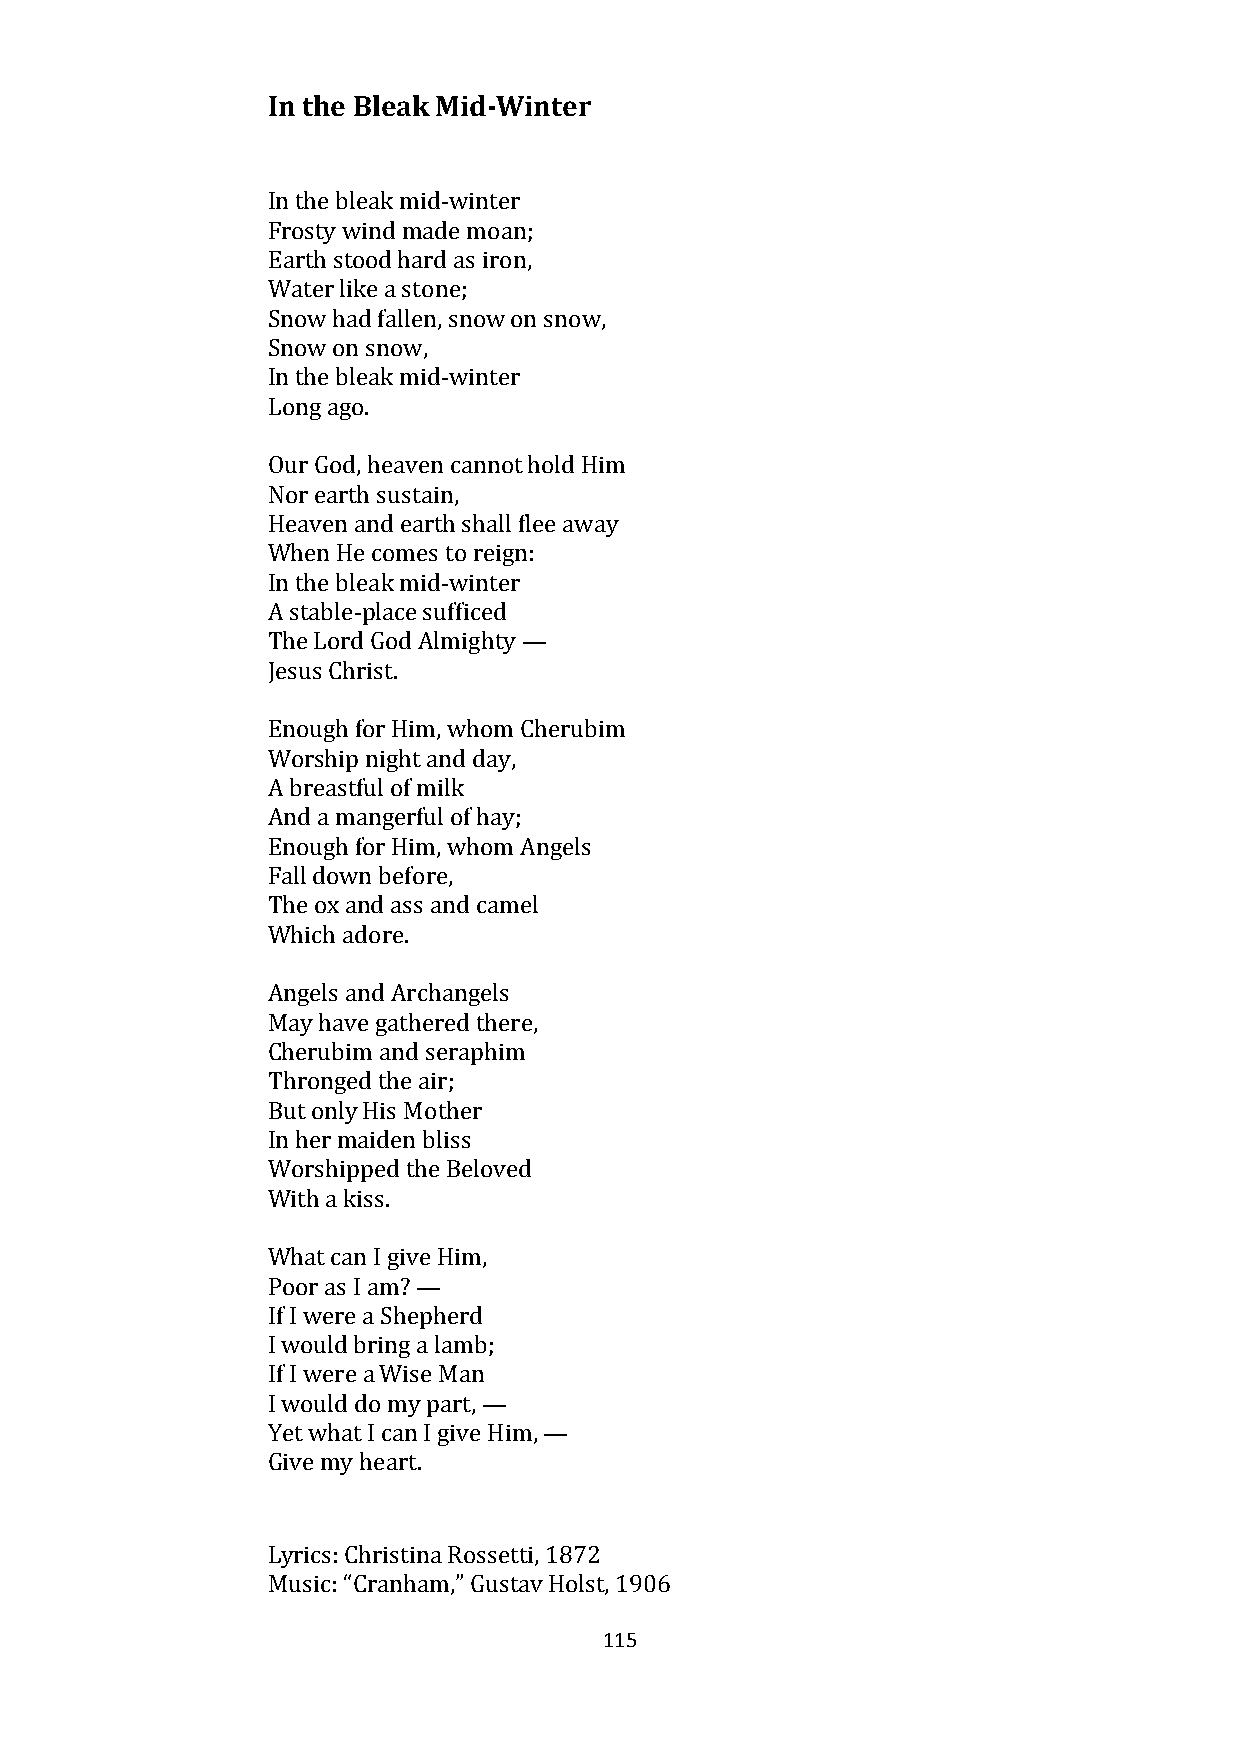
In the Bleak Mid-Winter
 In the bleak mid-winter
 Frosty wind made moan;
 Earth stood hard as iron,
 Water like a stone;
 Snow had fallen, snow on snow,
 Snow on snow,
 In the bleak mid-winter
 Long ago.
 Our God, heaven cannot hold Him
 Nor earth sustain,
 Heaven and earth shall flee away
 When He comes to reign:
 In the bleak mid-winter
 A stable-place sufficed
 The Lord God Almighty —
 Jesus Christ.
 Enough for Him, whom Cherubim
 Worship night and day,
 A breastful of milk
 And a mangerful of hay;
 Enough for Him, whom Angels
 Fall down before,
 The ox and ass and camel
 Which adore.
 Angels and Archangels
 May have gathered there,
 Cherubim and seraphim
 Thronged the air;
 But only His Mother
 In her maiden bliss
 Worshipped the Beloved
 With a kiss.
 What can I give Him,
 Poor as I am? —
 If I were a Shepherd
 I would bring a lamb;
 If I were a Wise Man
 I would do my part, —
 Yet what I can I give Him, —
 Give my heart.
 Lyrics: Christina Rossetti, 1872
 Music: “Cranham,” Gustav Holst, 1906
 115